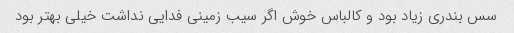
سس بندری زیاد بود و کالباس خوش اگر سیب زمینی فدایی نداشت خیلی بهتر بود